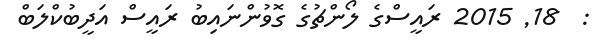
:  18